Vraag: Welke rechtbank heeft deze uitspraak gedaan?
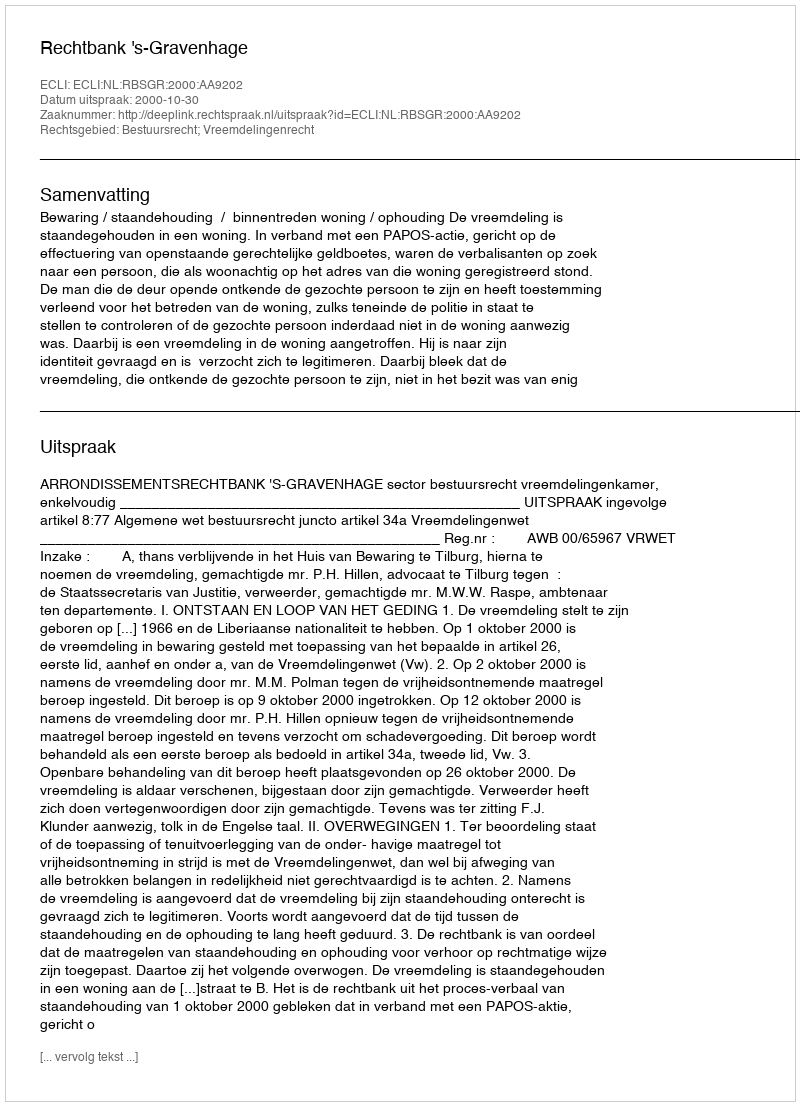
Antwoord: Rechtbank 's-Gravenhage